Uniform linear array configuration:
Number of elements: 8
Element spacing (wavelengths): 0.5
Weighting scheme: uniform
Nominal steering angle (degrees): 60
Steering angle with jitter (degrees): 59.3
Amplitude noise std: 0.05
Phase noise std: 0.05

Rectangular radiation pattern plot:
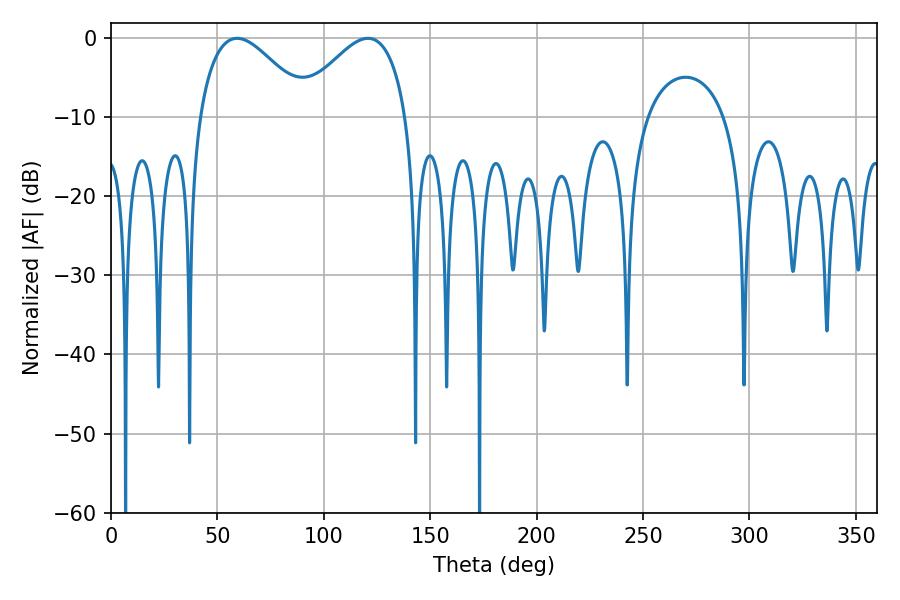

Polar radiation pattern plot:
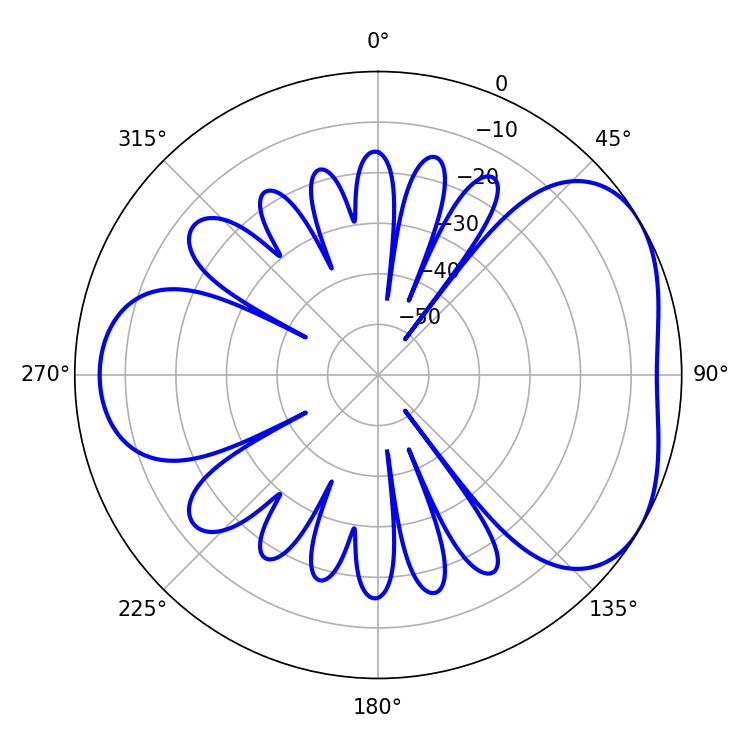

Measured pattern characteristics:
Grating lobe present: FALSE
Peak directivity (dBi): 4.311
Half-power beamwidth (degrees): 27.9
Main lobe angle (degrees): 59.22